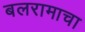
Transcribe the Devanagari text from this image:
बलरामाचा